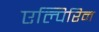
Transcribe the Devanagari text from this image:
एल्पिरिन